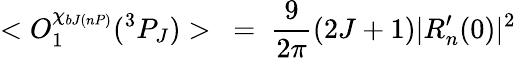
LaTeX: <O_{1}^{\chi_{bJ(nP)}}(^{3}P_{J})>\ =\ \frac{9}{2\pi}(2J+1){\mid}R_{n}^{\prime}(0){\mid}^{2}